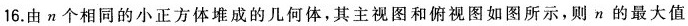
16.由n个相同的小正方体堆成的几何体，其主视图和俯视图如图所示，则n的最大值